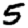
Digit: 5